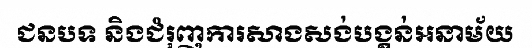
ជនបទ និងជំរុញការសាងសង់បង្គន់អនាម័យ